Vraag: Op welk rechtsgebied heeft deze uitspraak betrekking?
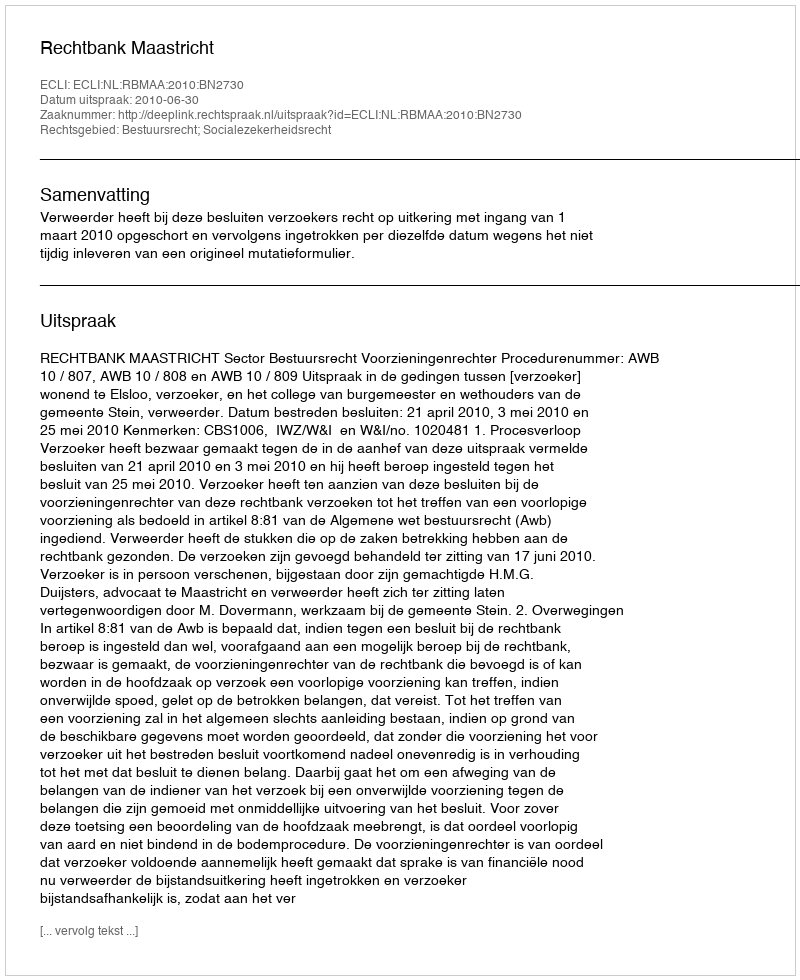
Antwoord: Bestuursrecht; Socialezekerheidsrecht